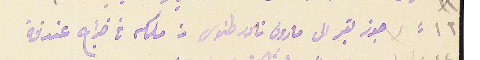
١٢: جوز بقر الى مارون نادر طنوس من ملكه في خراج عندقة